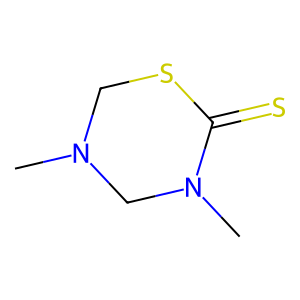
SMILES: CN1CSC(=S)N(C)C1
Inhibits HIV replication: No